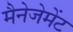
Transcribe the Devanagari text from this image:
मैनेजेमेंट